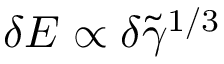
\delta E \propto \delta \tilde { \gamma } ^ { 1 / 3 }